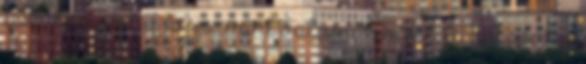
testrészeidet is fogja, mint valami kincset. A tudását is